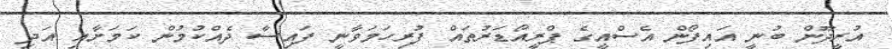
އުރީދޫން ބުނީ އައިފޯން އެސްއީގެ ޕްރީއޯޑަރުތައް ފުރިހަމަވާނީ ފައިސާ ދެއްކުމުން ކަމަށާއި އަދި